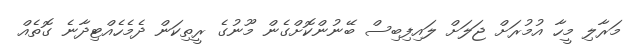
މަރާލި މީހާ އުމުރަށް ޖަލަށް ލައިފިބިސް ބޭނުންކޮށްގެން މޫނުގެ ރީތިކަން ދެމެހެއްޓިދާނެ ގޮތެއް